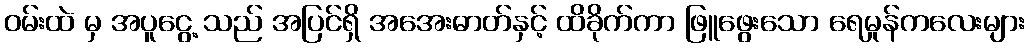
ဝမ်းထဲ မှ အပူငွေ့ သည် အပြင်ရှိ အအေးဓာတ်နှင့် ထိခိုက်ကာ ဖြူဖွေးသော ရေမှုန်ကလေးများ